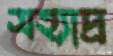
সহ্যাদ্র